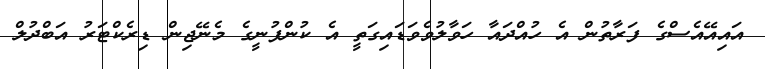
އައިއޭއެސްގެ ފަރާތުން އެ ހުއްދައާ ހަވާލުވެވަޑައިގަތީ އެ ކުންފުނީގެ މެނޭޖިން ޑިރެކްޓަރު އަބްދުލް